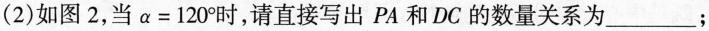
(2)如图2，当$$α = 1 2 0 °$$时，请直接写出PA和DC的数量关系为___；